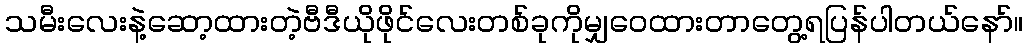
သမီးလေးနဲ့ဆော့ထားတဲ့ဗီဒီယိုဖိုင်လေးတစ်ခုကိုမျှဝေထားတာတွေ့ရပြန်ပါတယ်နော်။